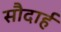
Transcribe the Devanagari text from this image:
सौदार्ह